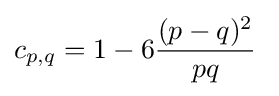
c_{p,q}=1-6{(p-q)^{2} \over pq}\